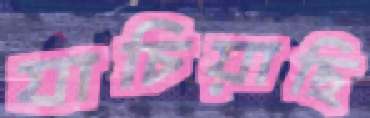
যাচিয়াছি